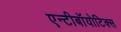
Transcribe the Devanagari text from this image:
एन्टीबॉयोटिक्स